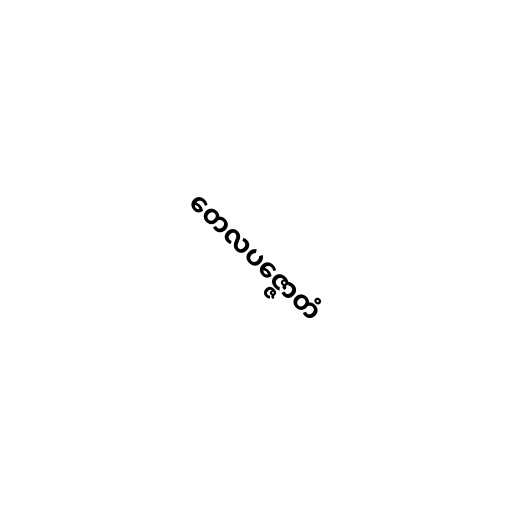
တေလပဇ္ဇောတံ